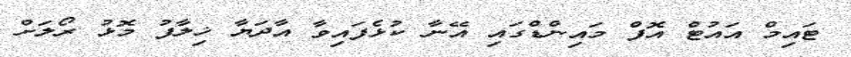
ޓައިމް އައުޓް އޮފް މައިންޑްގައި އޭނާ ކުޅެފައިވާ އާދަޔާ ޚިލާފު މޮޅު ރޯލަށް